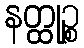
နတ္ထုဉ္စ